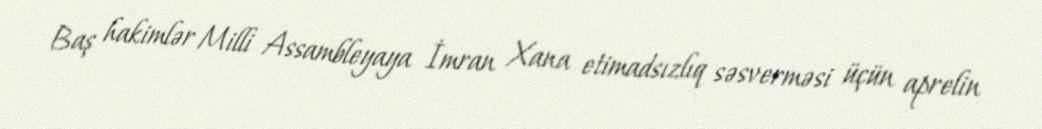
Baş hakimlər Milli Assambleyaya İmran Xana etimadsızlıq səsverməsi üçün aprelin